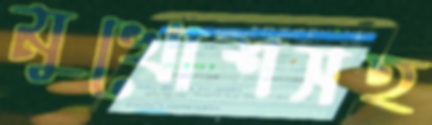
মুখোশসহ